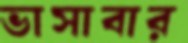
ভাসাবার